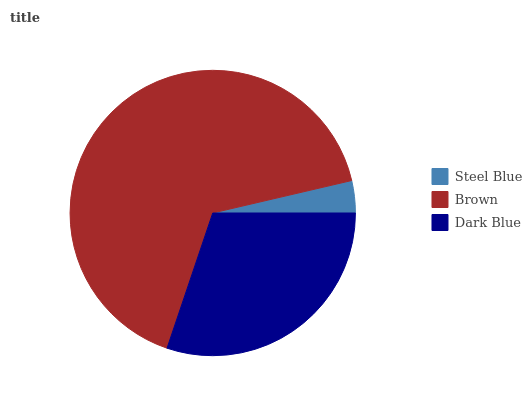
| Steel Blue | Brown | Dark Blue |
 | --- | --- | --- |
 | 3.64% | 66.1% | 30.2% |